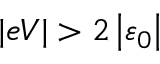
\vert e V \vert > 2 \left\vert \varepsilon _ { 0 } \right\vert